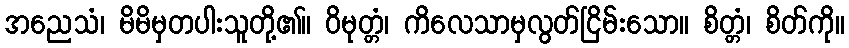
အညေသံ၊ မိမိမှတပါးသူတို့၏။ ဝိမုတ္တံ၊ ကိလေသာမှလွတ်ငြိမ်းသော။ စိတ္တံ၊ စိတ်ကို။